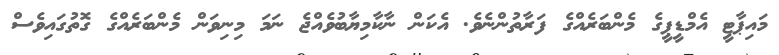
މައިޕާޓީ އެމްޑީޕީގެ މެންބަރެއްގެ ފަރާތުންނެވެ. އެކަން ނާކާމިޔާބުވެއްޖެ ނަމަ މިނިވަން މެންބަރެއްގެ ގޮތުގައިވެސް